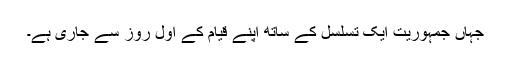
جہاں جمہوریت ایک تسلسل کے ساتھ اپنے قیام کے اول روز سے جاری ہے۔